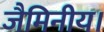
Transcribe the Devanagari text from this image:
जैमिनीय।